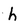
Character: h